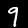
Label: 9